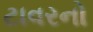
ટાવરનો